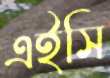
এইসি